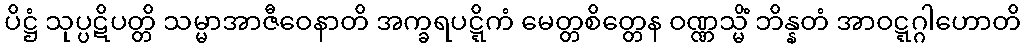
ပိဋ္ဌံ သုပ္ပဋိပတ္တိ သမ္မာအာဇီဝေနာတိ အက္ခရပဋ္ဋိကံ မေတ္တစိတ္တေန ဝဏ္ဏသ္မိံ ဘိန္နတံ အာဝဋ္ဋဂ္ဂါဟောတိ